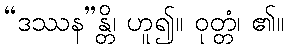
“ဒဿန”န္တိ၊ ဟူ၍။ ဝုတ္တံ၊ ၏။